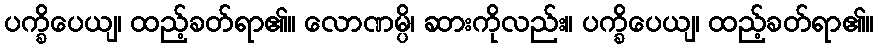
ပက္ခိပေယျ၊ ထည့်ခတ်ရာ၏။ လောဏမ္ပိ၊ ဆားကိုလည်း။ ပက္ခိပေယျ၊ ထည့်ခတ်ရာ၏။